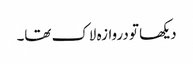
دیکھا تو دروازہ لاک تھا۔